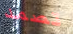
تصمد